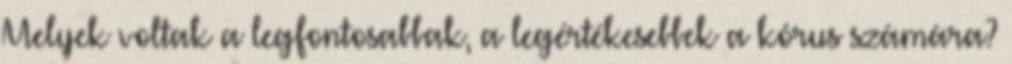
Melyek voltak a legfontosabbak, a legértékesebbek a kórus számára?